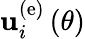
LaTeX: {\mathbf u}_{i}^{\left(\mathrm{e}\right)}\left(\theta\right)